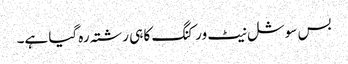
بس سوشل نیٹ ورکنگ کا ہی رشتہ رہ گیا ہے۔